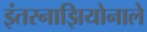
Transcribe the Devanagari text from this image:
इंतरनाझियोनाले